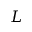
L